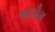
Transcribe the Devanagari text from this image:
बदलैन